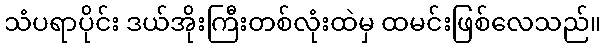
သံပရာပိုင်း ဒယ်အိုးကြီးတစ်လုံးထဲမှ ထမင်းဖြစ်လေသည်။